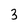
Character: 3